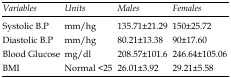
| Variables | Units | Males | Females |
 | --- | --- | --- | --- |
 | Systolic B.P | mm/hg | 135.71±21.29 | 150±25.72 |
 | Diastolic B.P | mm/hg | 80.21±13.38 | 90±17.60 |
 | Blood Glucose | mg/dl | 208.57±101.6 | 246.64±105.06 |
 | BMI | Normal < 25 | 26.01±3.92 | 29.21±5.58 |